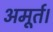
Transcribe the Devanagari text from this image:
अमूर्त।